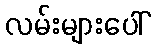
လမ်းများပေါ်